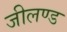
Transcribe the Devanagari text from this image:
जीलण्ड